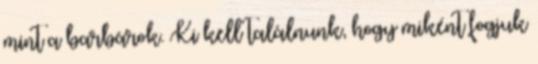
mint a barbárok. Ki kell találnunk, hogy miként fogjuk